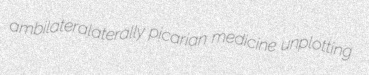
ambilateralaterally picarian medicine unplotting